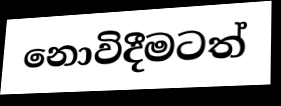
නොවිදීමටත්